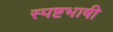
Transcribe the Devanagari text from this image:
स्पष्टभाषी